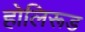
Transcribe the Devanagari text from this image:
होलिरूड